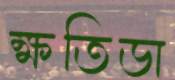
ক্ষতিডা